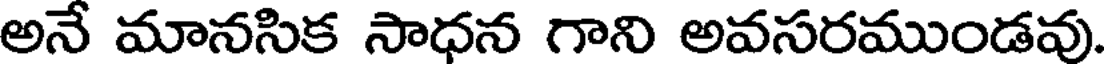
అనే మానసిక సాధన గాని అవసరముండవు.